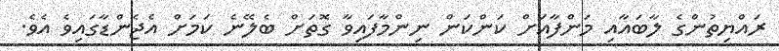
ރައްޔިތުންގެ ލާބައާއި މަންފާއަށް ކަންކަން ނިންމާފައިވާ ގޮތަށް ބެލޭނެ ކަމަށް އެޖެންޑާގައިވެ އެވެ.